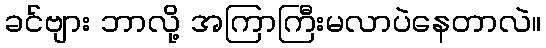
ခင်ဗျား ဘာလို့ အကြာကြီးမလာပဲနေတာလဲ။